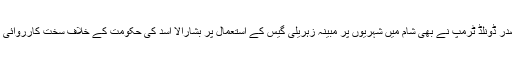
واضح رہے امریکی صدر ڈونلڈ ٹرمپ نے بھی شام میں شہریوں پر مبینہ زہریلی گیس کے استعمال پر بشارالا اسد کی حکومت کے خلاف سخت کارروائی کرنے کا عندیہ دیا تھا۔